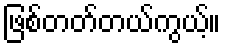
ဖြစ်တတ်တယ်ကွယ့်။